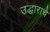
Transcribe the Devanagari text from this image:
उद्धाराचे